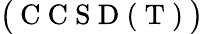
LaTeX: \big(\mathrm{~C~C~S~D~(~T~)~}\big)